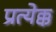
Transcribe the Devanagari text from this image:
प्रत्येक्क